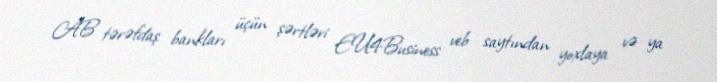
AB tərəfdaş bankları üçün şərtləri EU4Business veb saytından yoxlaya və ya